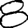
Digit: 8